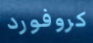
كروفورد